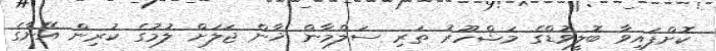
ކޮށްފައިވާ ބޮލީވުޑްގެ މަޝްހޫރު ތަރި ސަލްމާން ޚާން ޖަލަށް ލުމުގެ ކުރިން އޭނާގެ